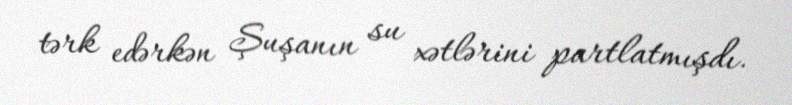
tərk edərkən Şuşanın su xətlərini partlatmışdı.